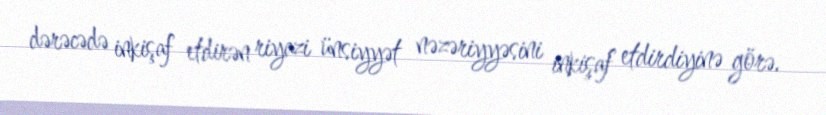
dərəcədə inkişaf etdirən riyazi ünsiyyət nəzəriyyəsini inkişaf etdirdiyinə görə.